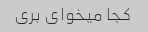
کجا میخوای بری